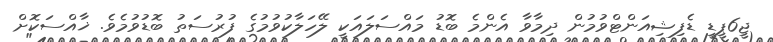
ޖީ6ޕީޑީ ޑެފިޝިއަންޓްވުމުން ދިމާވާ އެންމެ ބޮޑު މައްސަލައަކީ ލޭހަލާކުވުމުގެ ފުރުސަތު ބޮޑުވުމެވެ. ޚާއްސަކޮށް